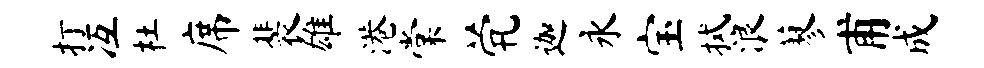
打冱杜席裴雄港棠茕迦永宝拭浪蓼甫成